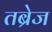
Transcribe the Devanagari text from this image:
तब्रेज